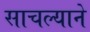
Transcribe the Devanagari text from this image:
साचल्याने